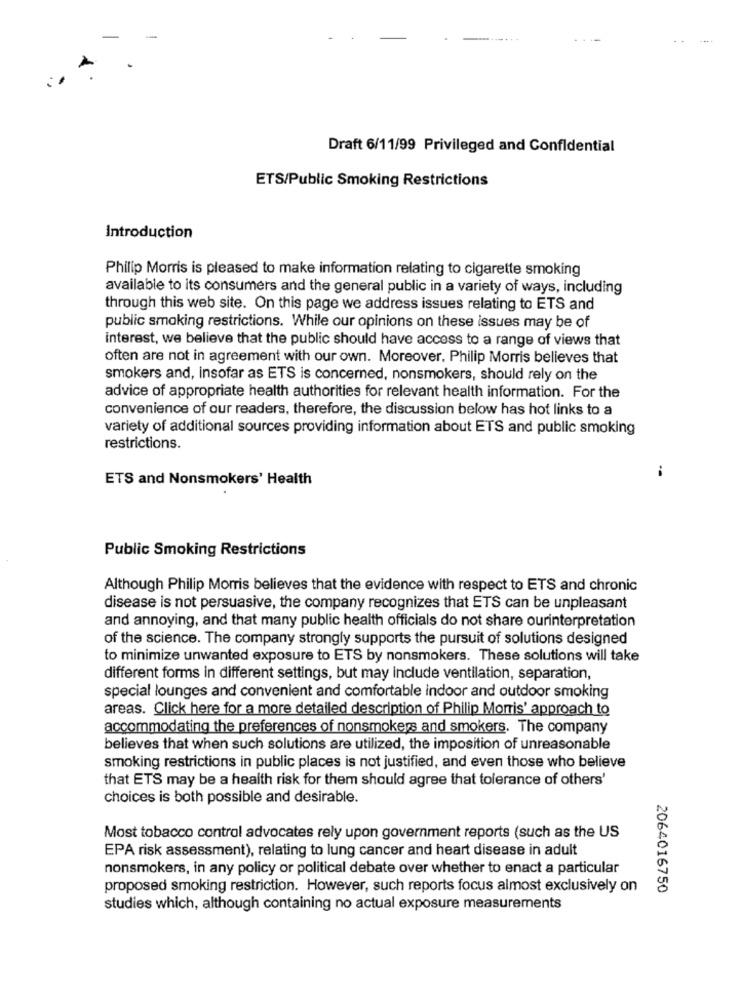
Draft 6/11/99 Privileged and Confidential
ETS/Public Smoking Restrictions
Introduction
Philip Morris is pleased to make information relating to cigarette smoking
available to its consumers and the general public in a variety of ways, including
through this web site. On this page we address issues relating to ETS and
public smoking restrictions. While our opinions on these issues may be of
interest, we believe that the public should have access to a range of views that
often are not in agreement with our own. Moreover, Philip Morris believes that
smokers and, insofar as ETS is concerned, nonsmokers, should rely on the
advice of appropriate health authorities for relevant health information. For the
convenience of our readers, therefore, the discussion below has hot links to a
variety of additional sources providing information about ETS and public smoking
restrictions.
i
ETS and Nonsmokers' Health
Public Smoking Restrictions
Although Philip Morris believes that the evidence with respect to ETS and chronic
disease is not persuasive, the company recognizes that ETS can be unpleasant
and annoying, and that many public health officials do not share ourinterpretation
of the science. The company strongly supports the pursuit of solutions designed
to minimize unwanted exposure to ETS by nonsmokers. These solutions will take
different forms in different settings, but may include ventilation, separation,
special lounges and convenient and comfortable indoor and outdoor smoking
areas. Click here for a more detailed description of Philip Morris' approach to
accommodating the preferences of nonsmokers and smokers. The company
believes that when such solutions are utilized, the imposition of unreasonable
smoking restrictions in public places is not justified, and even those who believe
that ETS may be a health risk for them should agree that tolerance of others'
choices is both possible and desirable.
Most tobacco control advocates rely upon government reports (such as the US
EPA risk assessment), relating to lung cancer and heart disease in adult
nonsmokers, in any policy or political debate over whether to enact a particular
proposed smoking restriction. However, such reports focus almost exclusively on
2064016750
studies which, although containing no actual exposure measurements